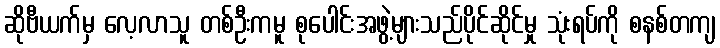
ဆိုဗီယက်မှ လေ့လာသူ တစ်ဦးကမူ စုပေါင်းအဖွဲ့များသည်ပိုင်ဆိုင်မှု သုံးရပ်ကို စနစ်တကျ